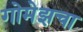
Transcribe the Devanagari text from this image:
गोमेझचा